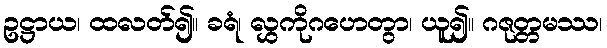
ဥဋ္ဌာယ၊ ထလတ်၍။ ခရံ၊ လွှကိုဂဟေတွာ၊ ယူ၍။ ဂဇုတ္တမဿ၊